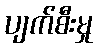
ပျက်စီးမှု